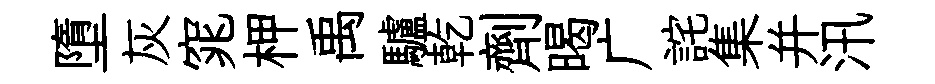
墮灰窕柙禹驢乾劑暍广詫集并汛